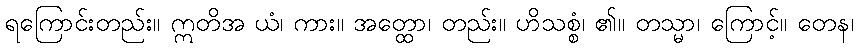
ရကြောင်းတည်း။ ဣတိအ ယံ၊ ကား။ အတ္ထော၊ တည်း။ ဟိသစ္စံ၊ ၏။ တသ္မာ၊ ကြောင့်။ တေန၊